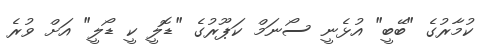
ކުމާރުގެ "ބޭބީ" އުޅެނީ ސޯނަމް ކަޕޫރުގެ "ޑޮލީ ކީ ޑޯލީ" އަށް ވުރެ